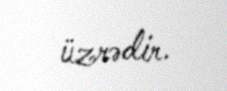
üzrədir.